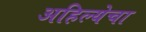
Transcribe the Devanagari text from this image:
अहिल्येचा